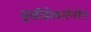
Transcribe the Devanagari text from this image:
यूबीडेकारेनोन